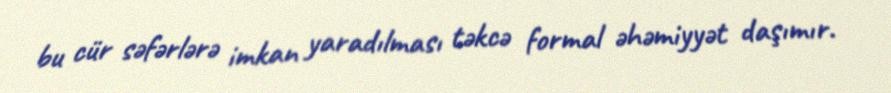
bu cür səfərlərə imkan yaradılması təkcə formal əhəmiyyət daşımır.